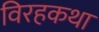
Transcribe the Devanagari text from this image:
विरहकथा